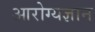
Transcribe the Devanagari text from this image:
आरोग्यज्ञान